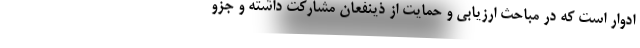
ادوار است که در مباحث ارزیابی و حمایت از ذینفعان مشارکت داشته و جزو